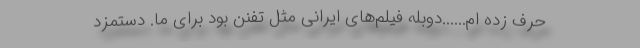
حرف زده ام......دوبله فيلم‌هاى ايرانى مثل تفنن بود براى ما. دستمزد